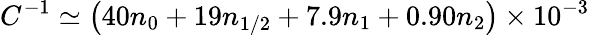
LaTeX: C^{-1}\simeq\left(40n_{0}+19n_{1/2}+7.9n_{1}+0.90n_{2}\right)\times 10^{-3}